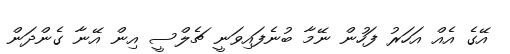
އޭގެ އެއް އަހަރު ފަހުން ނޭމާ ބުނެފައިވަނީ ޗެލްސީ އިން އޭނާ ގެންދަން